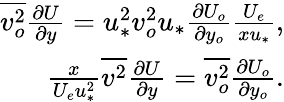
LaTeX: \begin{array}{r}{\overline{{v_{o}^{2}}}\frac{\partial U}{\partial y}=u_{*}^{2}v_{o}^{2}u_{*}\frac{\partial U_{o}}{\partial y_{o}}\frac{U_{e}}{xu_{*}},}\\ {\frac{x}{U_{e}u_{*}^{2}}\overline{{v^{2}}}\frac{\partial U}{\partial y}=\overline{{v_{o}^{2}}}\frac{\partial U_{o}}{\partial y_{o}}.}\end{array}